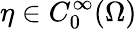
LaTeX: \eta\in C_{0}^{\infty}(\Omega)